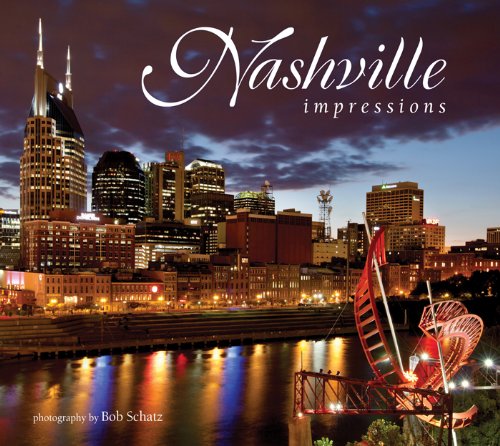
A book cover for Nashville Impressions (Impressions (Farcountry Press)); photography by Bob Schatz; Travel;